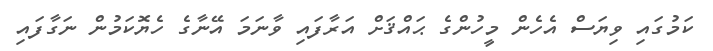
ކަމުގައި ވިޔަސް އެހެން މީހުންގެ ޙައްޤަށް އަރާފައި ވާނަމަ އޭނާގެ ހެޔޮކަމުން ނަގާފައި